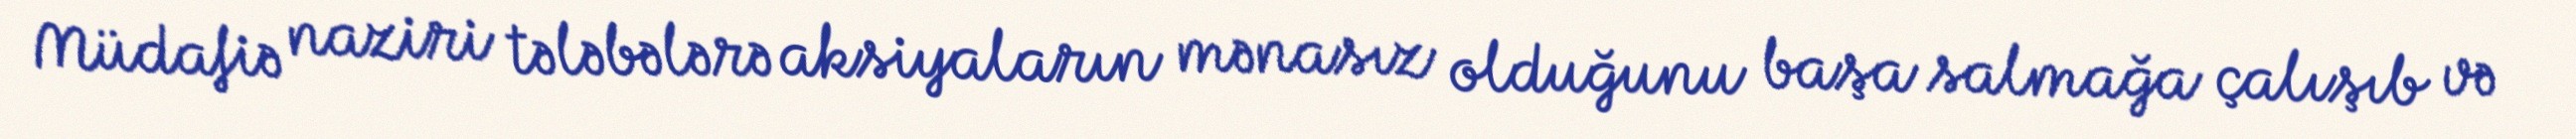
Müdafiə naziri tələbələrə aksiyaların mənasız olduğunu başa salmağa çalışıb və